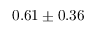
0 . 6 1 \pm 0 . 3 6